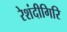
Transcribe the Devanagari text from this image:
रेशंदीगिरि